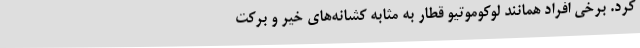
کرد. برخی افراد همانند لوکوموتیو قطار به مثابه کشانه‌های خیر و برکت